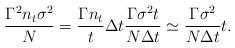
LaTeX: \begin{align*}\frac{\Gamma^2 n_t\sigma^2}{N} =\frac{\Gamma n_t}{t}\Delta t\frac{\Gamma\sigma^2 t}{N\Delta t}\simeq \frac{\Gamma\sigma^2}{N\Delta t} t.\end{align*}